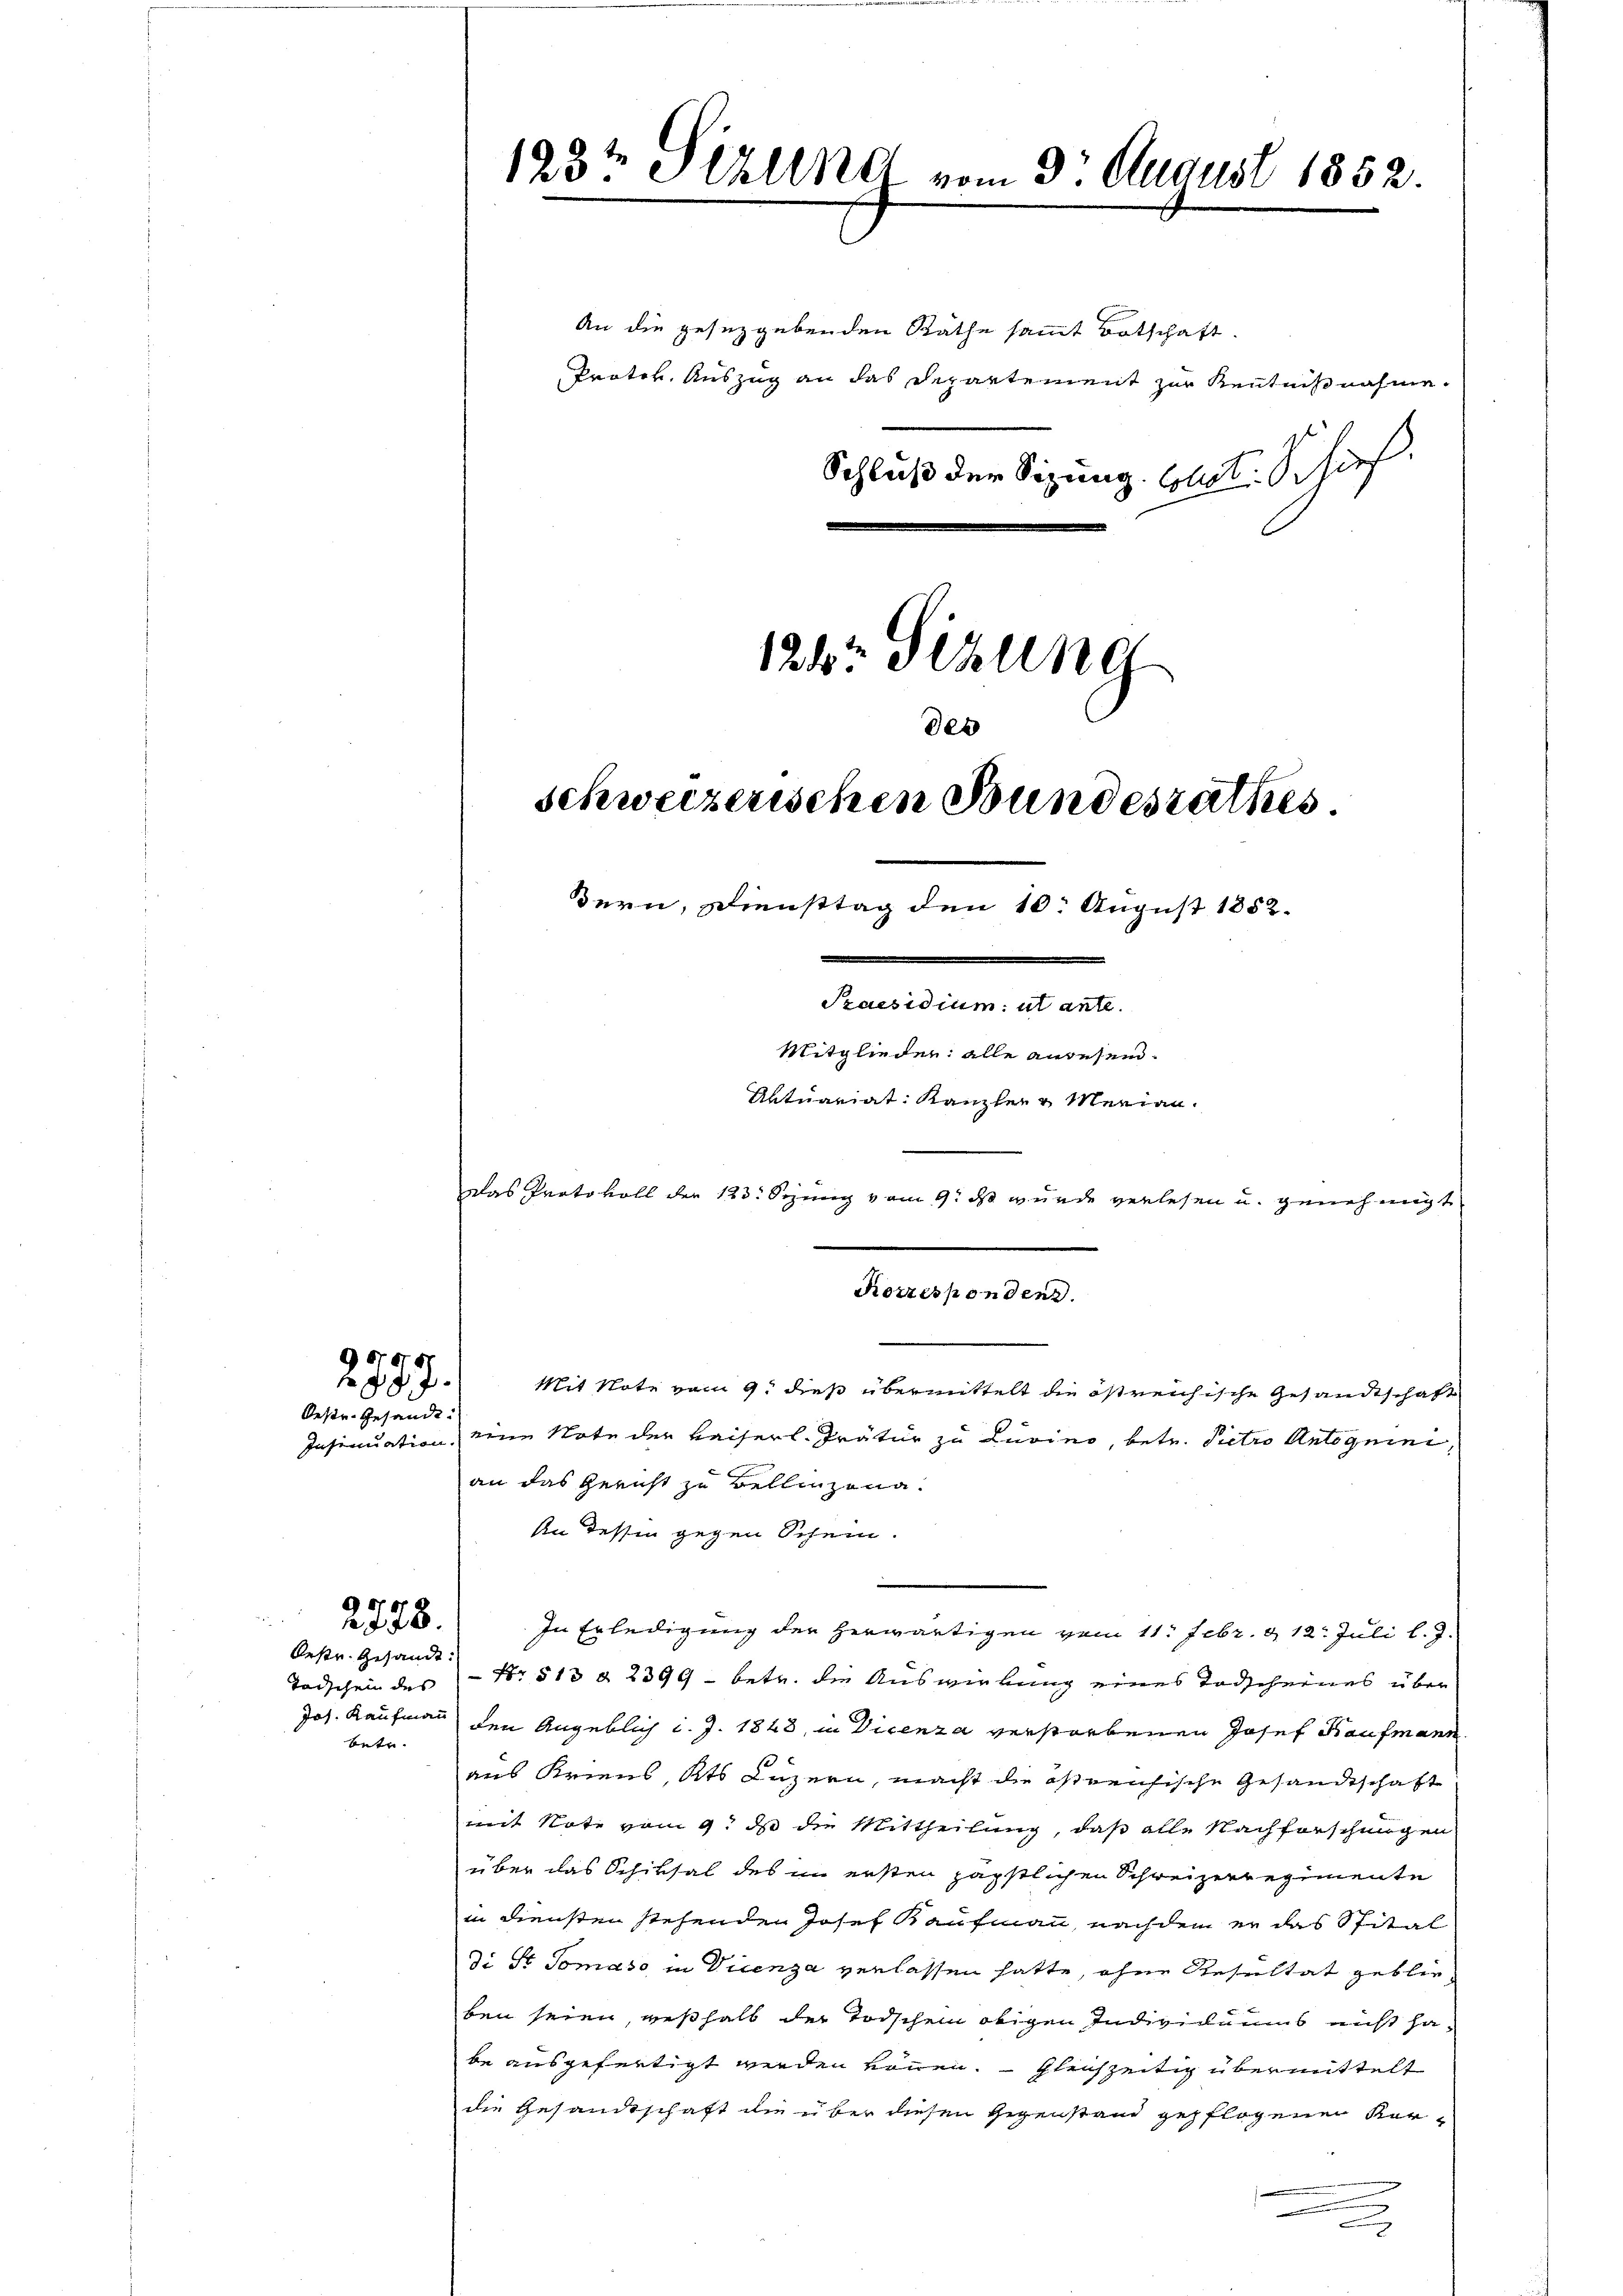
6
5
87

Oestr. Gesandt.

bete.

2778.
Oestr. Gesandt.

123te Stillner vom 3t August 1852.

124. Sitzung
schweizerischen Bundesrathes.
dern, Diensttag den 10. August 1852.
Praesidium ut ante.
Mitglieder alle anwesend.
Aktuariat: Kanzler u Merian.
Das Protokoll der 123. Sezung vom 9. ds wurde verlesen u. genehmigt

An die gesezgebenden Räthe sammt Botschaft.
Protok. Auszug an das Departement zur Kenntnißnahme.
Schluß der Sitzung. Elit. Schief

der

Korrespondenz.

Mit Note vom 9. dieß übermittelt die östreichische Gesandtschaft
Insinuation eine Note der Kaiserl. Trätur zu Turino, betr. Pietro Antoguini,
an das Gericht zu Bellinzona¬
An dessen gegen Schein.
In Erledigung der herwärtigen vom 11. Febr. 12. Juli l. J.
Todschein des Nr 513 § 2399 - betr. die Auswirkung eines Todscheines über
Joh. Kaufmann den Angeblich d. J. 1848, in Dicenza verstorbenen Josef Kaufmann
aus Kriens, Kts Luzern, macht die östreichische Gesandtschaft
mit Note vom 9. ds die Mittheilung, daß alle Nachforschungen
über das Schiksal des im ersten päpstlichen Schweizerregimente
in Diensten stehenden Josef Kaufmann, nachdem er das Spital
di St Tomaso in Vicenza verlassen hatte, ohne Resultat geblie
ben seien, weßhalb der Todschen obigen Individuums nicht habe ausgefertigt werden können. Gleichzeitig übermittelt
die Gesandtschaft die über diesen Gegenstand gepflogenen Ker¬

e
2